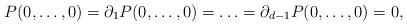
LaTeX: \begin{align*}P(0,\ldots, 0)=\partial_1P(0,\ldots, 0)=\ldots=\partial_{d-1}P(0,\ldots, 0)=0,\end{align*}